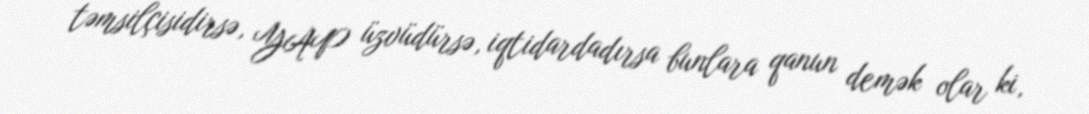
təmsilçisidirsə, YAP üzvüdürsə, iqtidardadırsa bunlara qanun demək olar ki,